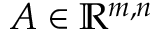
A \in \mathbb { R } ^ { m , n }